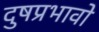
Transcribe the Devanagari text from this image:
दुषप्रभावो